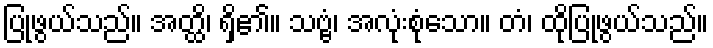
ပြုဖွယ်သည်။ အတ္ထိ၊ ရှိ၏။ သဗ္ဗံ၊ အလုံးစုံသော။ တံ၊ ထိုပြုဖွယ်သည်။